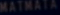
MATHATA